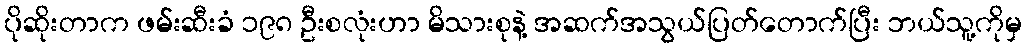
ပိုဆိုးတာက ဖမ်းဆီးခံ ၁၉၈ ဦးစလုံးဟာ မိသားစုနဲ့ အဆက်အသွယ်ပြတ်တောက်ပြီး ဘယ်သူ့ကိုမှ